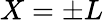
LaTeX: X=\pm L